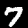
Label: 7